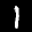
Digit: 1